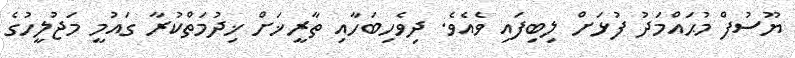
ޔޫސުފް މުޙައްމަދު ފުޅަށް ލިބިފައި ވެއެވެ. ދިވެހިބަހާއި ތާރީޚަށް ޚިދުމަތްކުރާ ގައުމީ މަޖުލީހުގެ